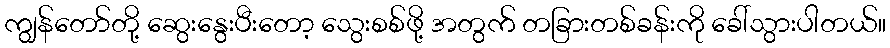
ကျွန်တော်တို့ ဆွေးနွေးပီးတော့ သွေးစစ်ဖို့ အတွက် တခြားတစ်ခန်းကို ခေါ်သွားပါတယ်။